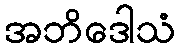
အဘိဒေါသံ